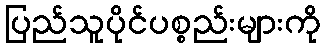
ပြည်သူပိုင်ပစ္စည်းများကို